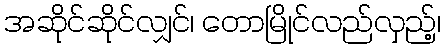
အဆိုင်ဆိုင်လျှင်၊ တောမြိုင်လည်လှည့်၊